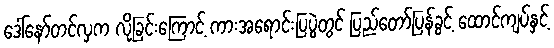
ဒေါ်နော်တင်လှက လိုခြင်းကြောင့် ကားအရောင်းပြပွဲတွင် ပြည်တော်ပြန်ခွင့် ထောင်ကျပ်နှင့်